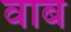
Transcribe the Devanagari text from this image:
वाब